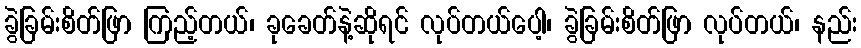
ခွဲခြမ်းစိတ်ဖြာ ကြည့်တယ်၊ ခုခေတ်နဲ့ဆိုရင် လုပ်တယ်ပေါ့၊ ခွဲခြမ်းစိတ်ဖြာ လုပ်တယ်၊ နည်း